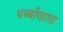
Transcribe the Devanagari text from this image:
धब्बोंवाला